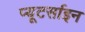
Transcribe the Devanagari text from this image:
प्यूटर्साइन